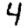
Digit: 4